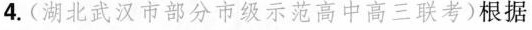
4.(湖北武汉市部分市级示范高中高三联考)根据